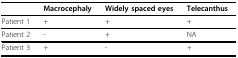
|  | Macrocephaly | Widely spaced eyes | Telecanthus |
 | --- | --- | --- | --- |
 | Patient 1 | + | + | + |
 | Patient 2 | - | + | NA |
 | Patient 3 | + | - | + |